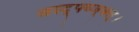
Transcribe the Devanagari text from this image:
अस्द्फ्घ्ज्क्ल्।